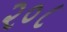
૨૦૮